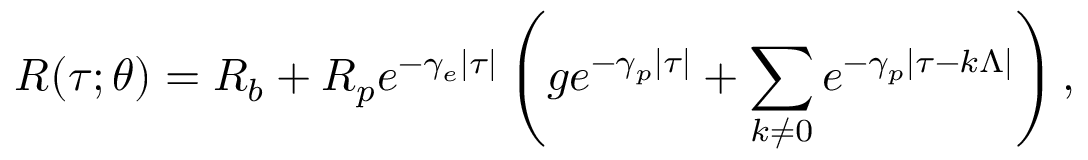
R ( \tau ; \theta ) = R _ { b } + R _ { p } e ^ { - \gamma _ { e } | \tau | } \left( g e ^ { - \gamma _ { p } | \tau | } + \sum _ { k \neq 0 } e ^ { - \gamma _ { p } | \tau - k \Lambda | } \right) ,